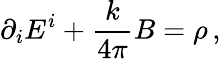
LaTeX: \partial_{i}E^{i}+\frac{k}{4\pi}B=\rho\, ,